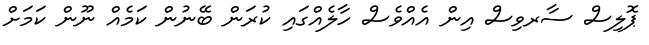
ޕޮލިސް ސާރވިސް އިން އެއްވެސް ހާލެއްގައި ކުރަން ބޭނުން ކަމެއް ނޫން ކަމަށް